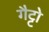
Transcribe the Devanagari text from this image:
गैट्टो